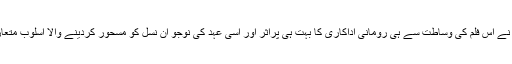
وحید مرا د نے اس فلم کی وساطت سے ہی رومانی اداکاری کا بہت ہی پراثر اور اسی عہد کی نوجو ان نسل کو مسحور کردینے والا اسلوب متعارف کروایا۔